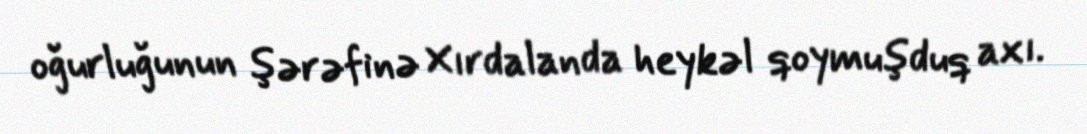
oğurluğunun şərəfinə Xırdalanda heykəl qoymuşduq axı.